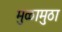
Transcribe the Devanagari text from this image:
मुळामुठा